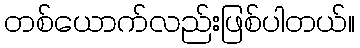
တစ်ယောက်လည်းဖြစ်ပါတယ်။